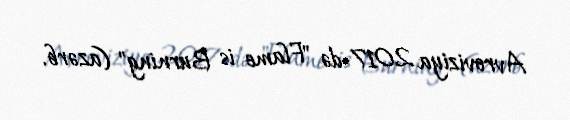
Avroviziya 2017-də "Flame is Burning" (azərb.